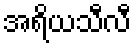
အရိယသီလီ